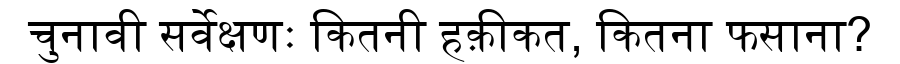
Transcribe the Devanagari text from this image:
चुनावी सर्वेक्षणः कितनी हक़ीकत, कितना फसाना?